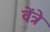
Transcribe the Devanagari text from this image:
वेंत्रे